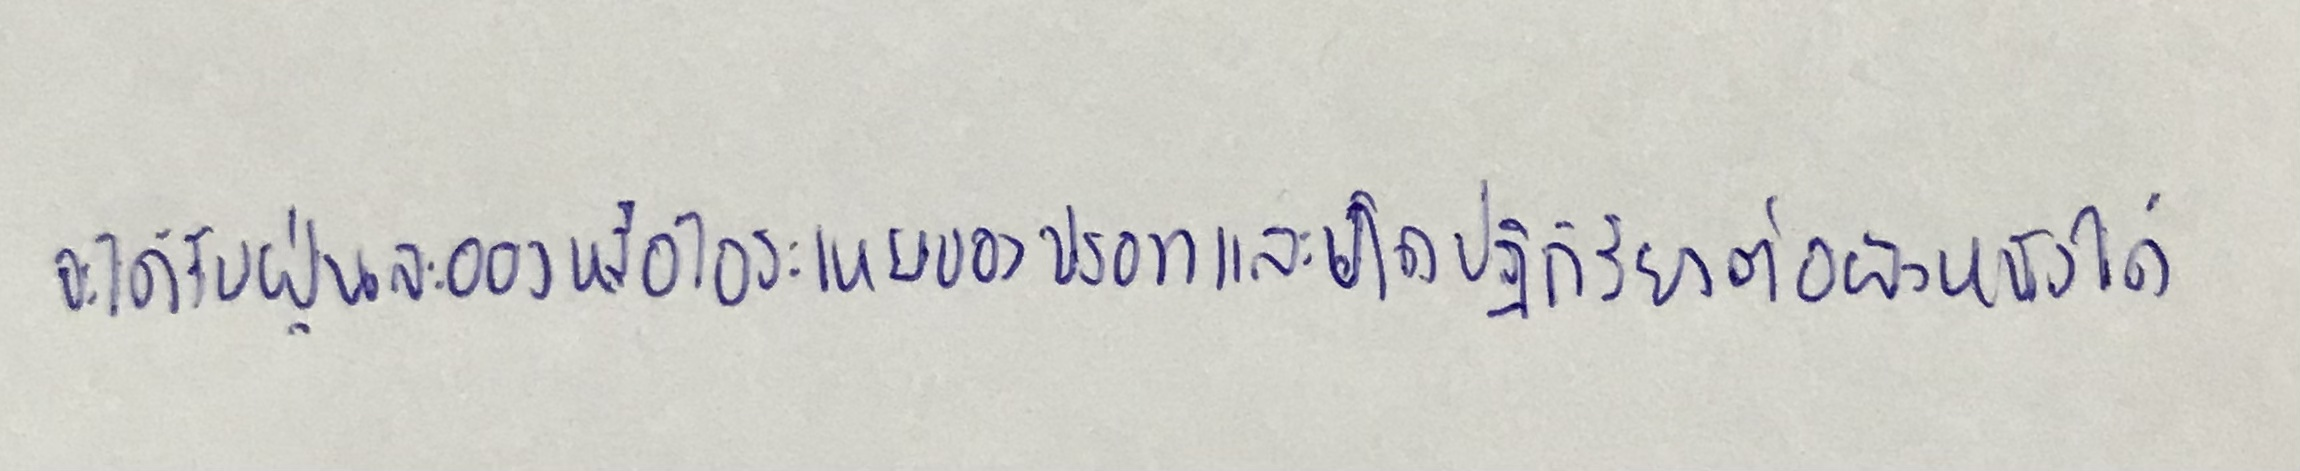
จะได้รับฝุ่นละอองหรือไอระเหยของปรอทและเกิดปฏิกิริยาต่อผิวหนังได้